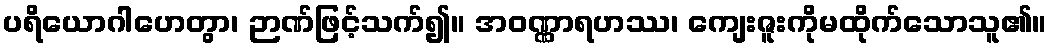
ပရိယောဂါဟေတွာ၊ ဉာဏ်ဖြင့်သက်၍။ အဝဏ္ဏာရဟဿ၊ ကျေးဇူးကိုမထိုက်သောသူ၏။